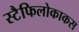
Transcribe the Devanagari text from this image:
स्टैफिलोकाकस